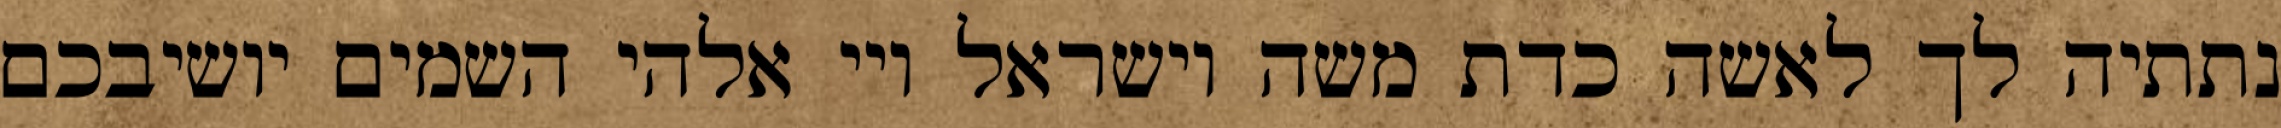
נתתיה לך לאשה כדת משה וישראל ויי אלהי השמים יושיבכם